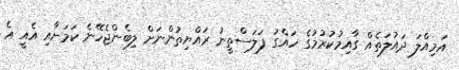
އަމިއްލަ ދައުލަތެއް ގާއިމުކުރުމުގެ ހައްގު ފަލަސްތީނު ރައްޔިތުންނަށް ލިބެންޖެހޭނެ ކަމަށާއި އެއީ އެ